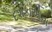
દશકાઓના